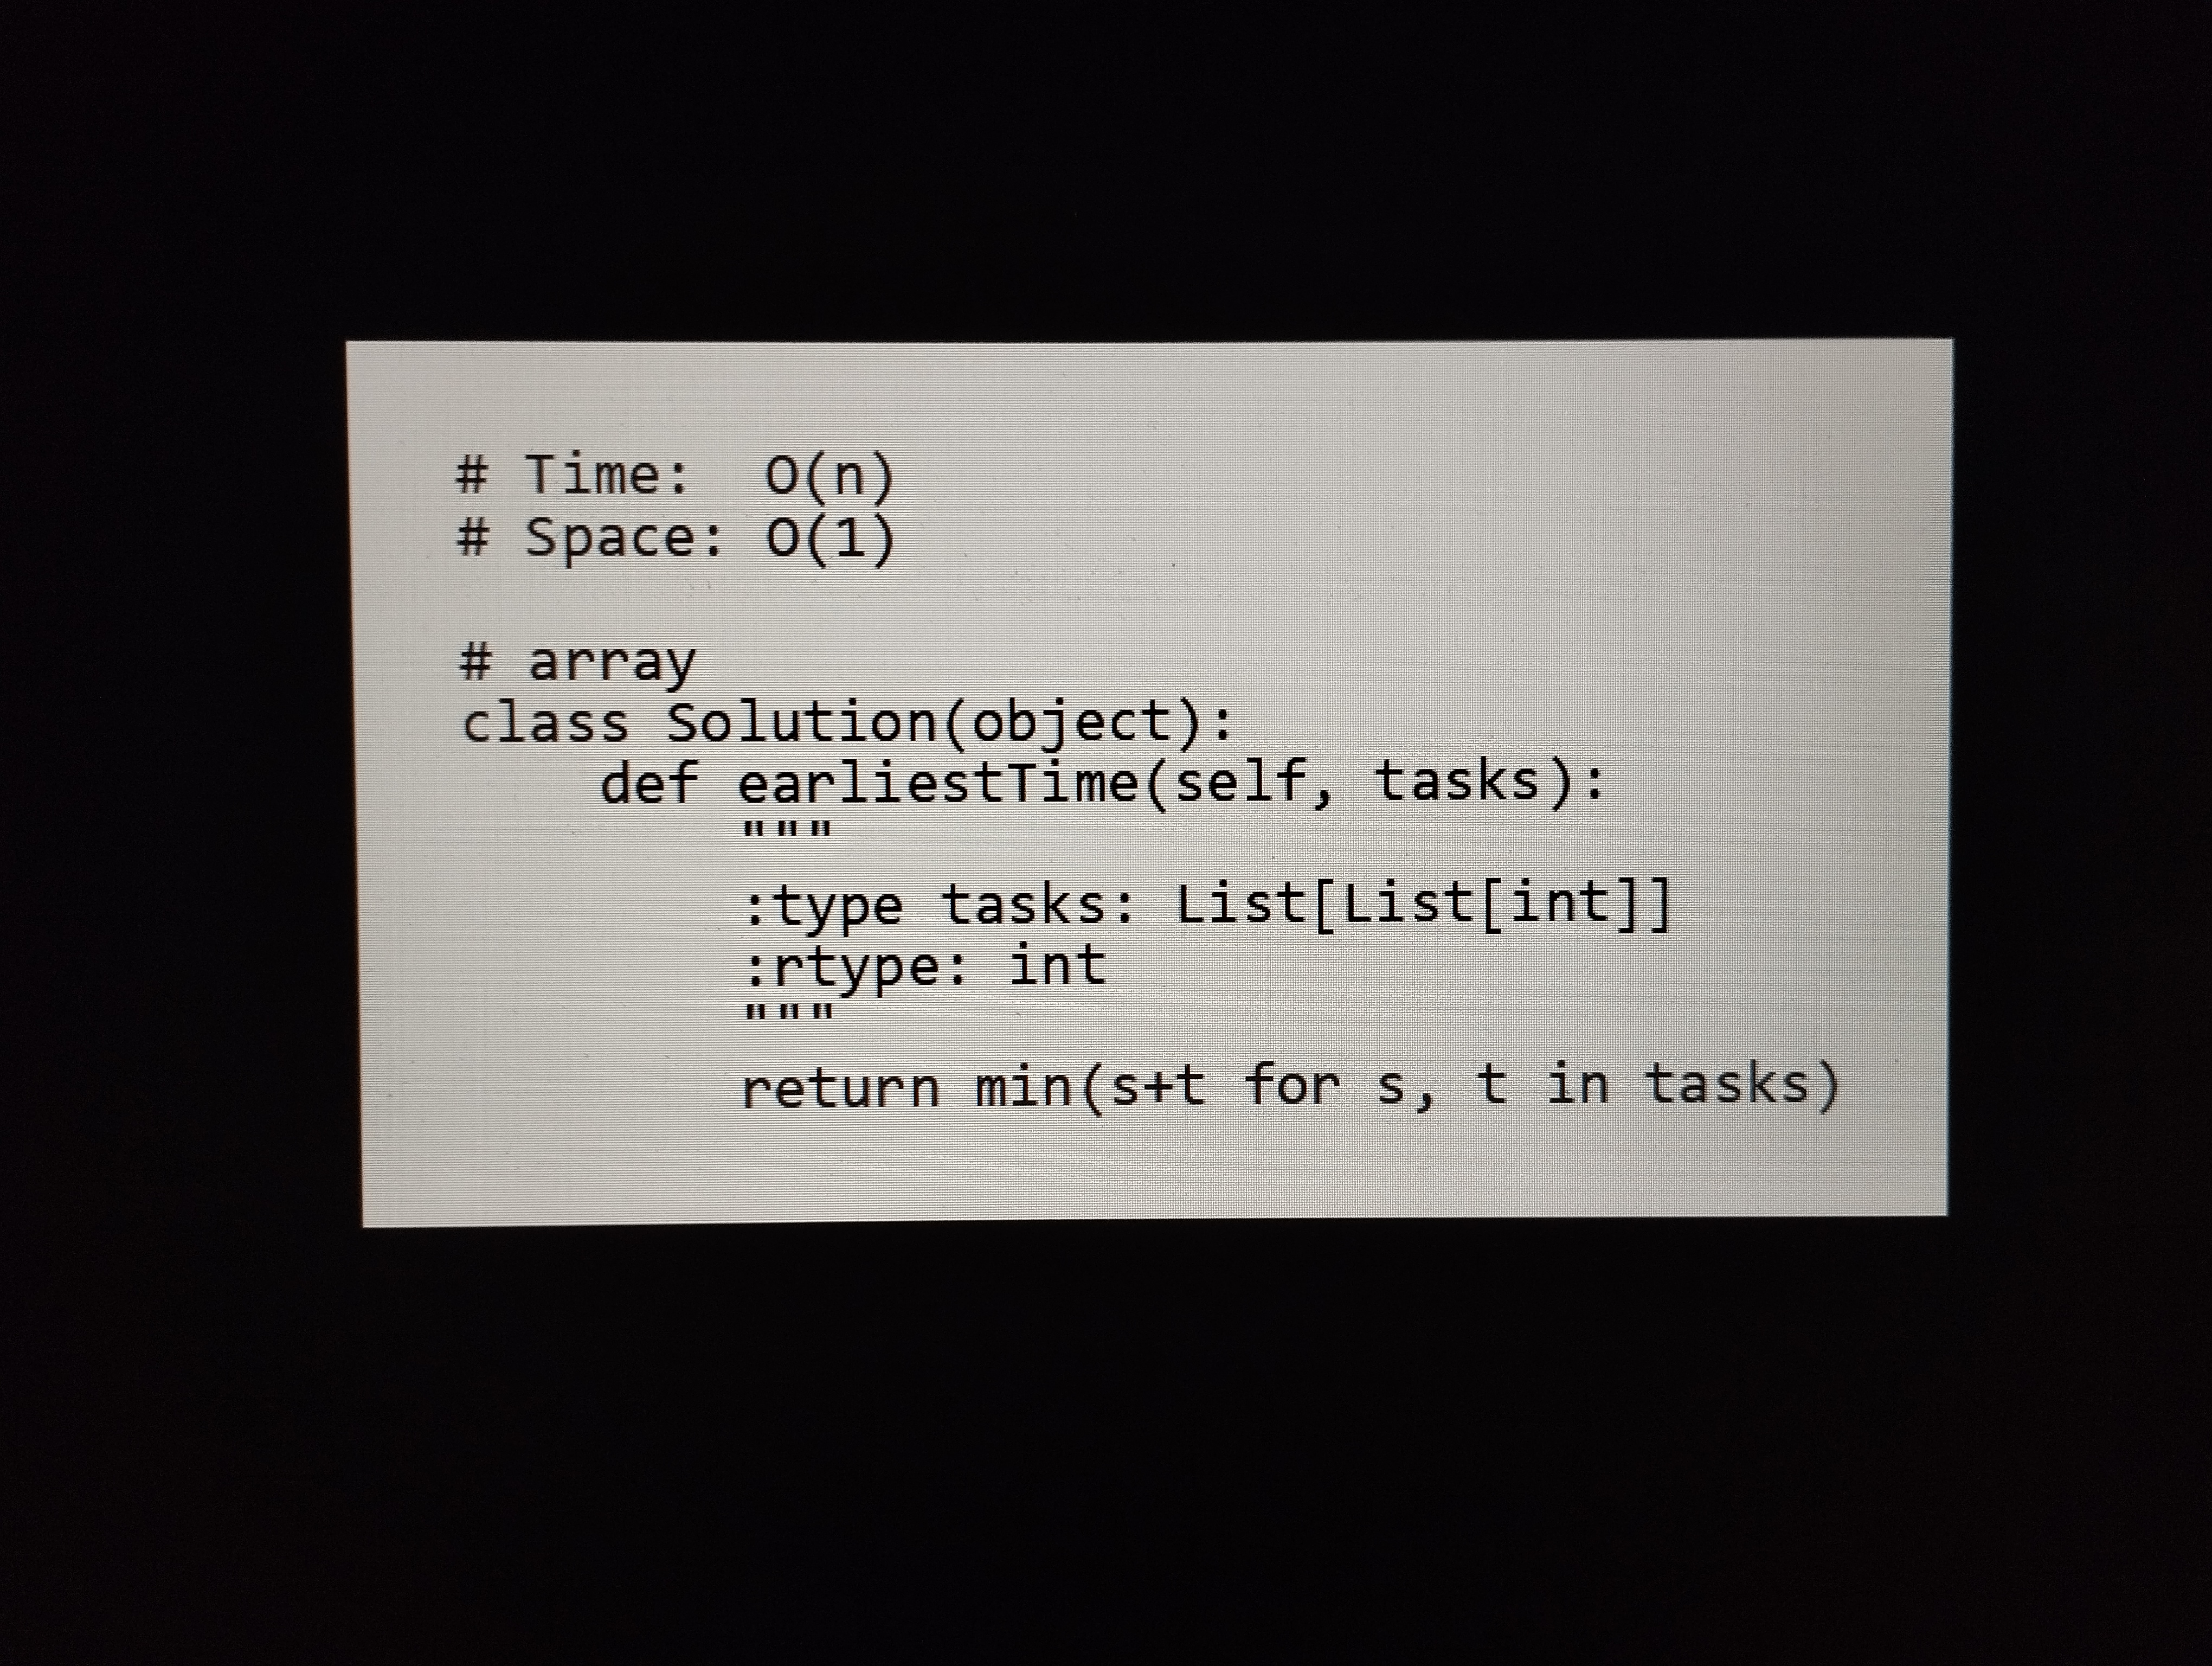
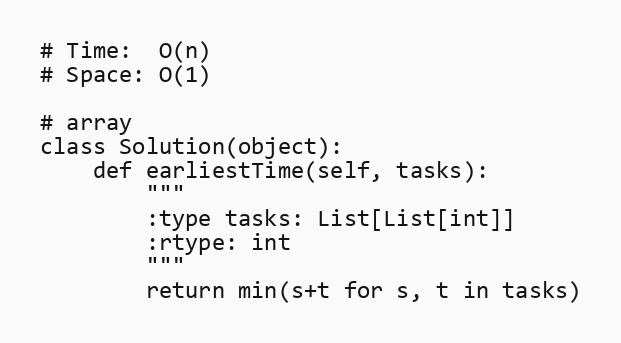
# Time:  O(n)
# Space: O(1)

# array
class Solution(object):
    def earliestTime(self, tasks):
        """
        :type tasks: List[List[int]]
        :rtype: int
        """
        return min(s+t for s, t in tasks)